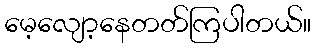
မေ့လျော့နေတတ်ကြပါတယ်။